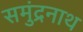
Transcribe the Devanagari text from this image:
समुंद्रनाथ